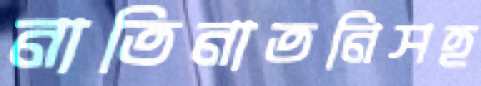
নাতিনাতনিসহ